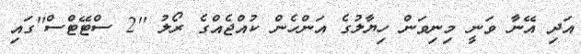
އަދި އޭނާ ވަނީ މިނިވަން ހިޔާލުގެ އަންހެން ކުއްޖެއްގެ ރޯލު ''2 ސްޓޭޓްސް''ގައި